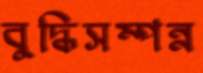
বুদ্ধিসম্পন্ন